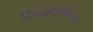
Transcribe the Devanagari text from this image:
विजयादशमीनंतर